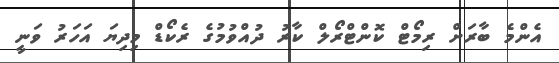
އެންމެ ބާރަށް ރިމޯޓް ކޮންޓްރޯލް ކާރު ދުއްވުމުގެ ރެކޯޑް މިދިޔަ އަހަރު ވަނީ